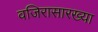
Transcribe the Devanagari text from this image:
वजिरासारख्या